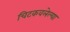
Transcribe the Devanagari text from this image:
चिटकवलेल्या